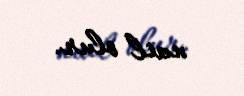
nail olur.